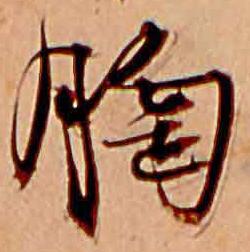
胸